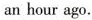
an hour ago.